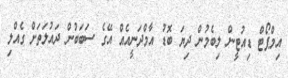
އިމްޕޯޓް ޑިއުޓީން ލިބެމުން ދިޔަ ބޮޑު އާމްދަނީއެއް އޭގެ ސަބަބުން ދައުލަތަށް ގެއްލި